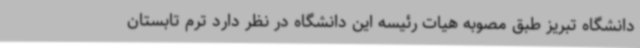
دانشگاه تبریز طبق مصوبه هیات رئیسه این دانشگاه در نظر دارد ترم تابستان